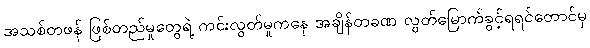
အသစ်တဖန် ဖြစ်တည်မှုတွေရဲ့ ကင်းလွတ်မှုကနေ အချိန်တခဏ လွတ်မြောက်ခွင့်ရရင်တောင်မှ